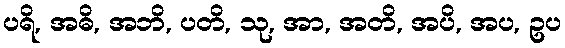
ပရိ, အဓိ, အဘိ, ပတိ, သု, အာ, အတိ, အပိ, အပ, ဥပ